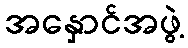
အနှောင်အဖွဲ့